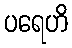
ပရေဟိ